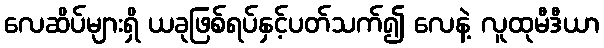
လေဆိပ်များရှိ ယခုဖြစ်ရပ်နှင့်ပတ်သက်၍ လေနဲ့ လူထုမီဒီယာ